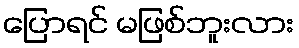
ပြောရင် မဖြစ်ဘူးလား